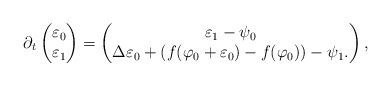
\begin{align*} \partial_t \begin{pmatrix} \varepsilon_0 \\ \varepsilon_1 \end{pmatrix} = \begin{pmatrix} \varepsilon_1 - \psi_0 \\ \Delta \varepsilon_0 + (f(\varphi_0 + \varepsilon_0) - f(\varphi_0)) - \psi_1. \end{pmatrix},\end{align*}